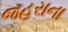
જહરાના